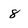
Character: 8